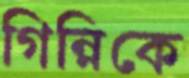
গিন্নিকে